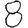
Digit: 8